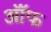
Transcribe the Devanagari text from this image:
ऑॅफ